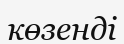
көзенді